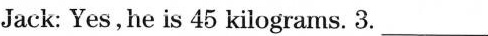
_Yes, he is 45 kilograms. 3.___